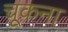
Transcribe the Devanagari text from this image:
चूकना